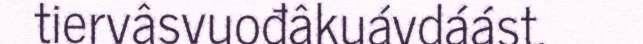
tiervâsvuođâkuávdáást.